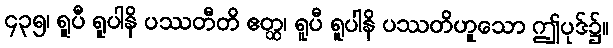
၄၃၅၊ ရူပီ ရူပါနိ ပဿတီတိ ဧတ္ထ၊ ရူပီ ရူပါနိ ပဿတိဟူသော ဤပုဒ်၌။